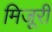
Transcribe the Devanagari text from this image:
मिजूरी